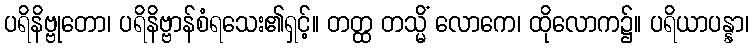
ပရိနိဗ္ဗုတော၊ ပရိနိဗ္ဗာန်စံရသေး၏ရှင့်။ တတ္ထ တသ္မိံ လောကေ၊ ထိုလောက၌။ ပရိယာပန္နာ၊